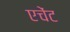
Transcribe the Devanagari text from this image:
एचेंट